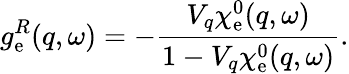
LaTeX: g_{\mathrm{e}}^{R}(q,\omega)=-\frac{V_{q}\chi_{\mathrm{e}}^{0}(q,\omega)}{1-V_{q}\chi_{\mathrm{e}}^{0}(q,\omega)}.